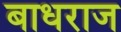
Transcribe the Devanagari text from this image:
बाधराज